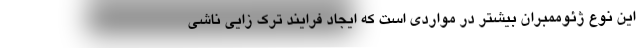
این نوع ژئوممبران بیشتر در مواردی است که ایجاد فرایند ترک زایی ناشی